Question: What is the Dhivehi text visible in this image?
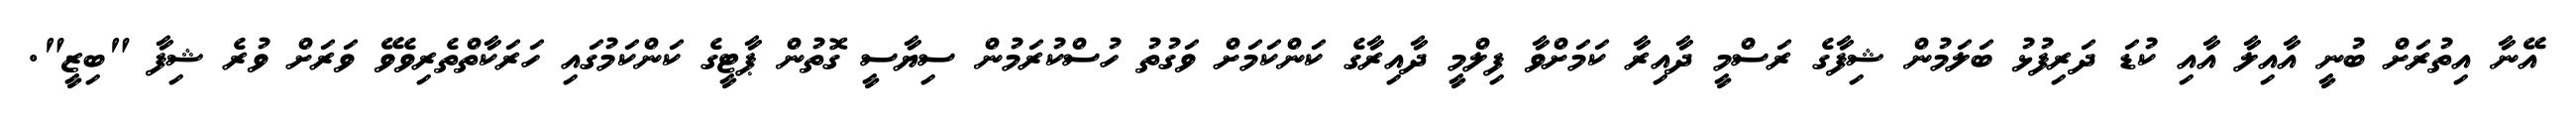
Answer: އޭނާ އިތުރަށް ބުނީ އާއިލާ އާއި ކުޑަ ދަރިފުޅު ބަލަމުން ޝިފާގެ ރަސްމީ ދާއިރާ ކަމަށްވާ ފިލްމީ ދާއިރާގެ ކަންކަމަށް ވަގުތު ހުސްކުރަމުން ސިޔާސީ ގޮތުން ޕާޓީގެ ކަންކަމުގައި ހަރަކާތްތެރިވެވޭ ވަރަށް ވުރެ ޝިފާ "ބިޒީ".